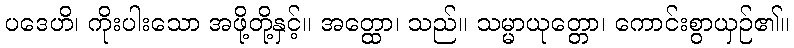
ပဒေဟိ၊ ကိုးပါးသော အဖို့တို့နှင့်။ အတ္ထော၊ သည်။ သမ္မာယုတ္တော၊ ကောင်းစွာယှဉ်၏။